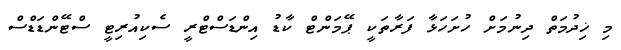
މި ޚިދުމަތް ދިނުމަށް ހުށަހަޅާ ފަރާތަކީ ޕޭމަންޓް ކާޑު އިންޑަސްޓްރީ ސެކިއުރިޓީ ސްޓޭންޑަޑްސް